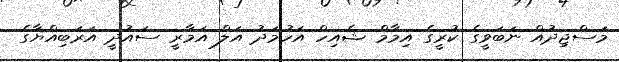
މަސްޖިދުއް ނަބަވީގެ ކުރީގެ އިމާމް ޝެއިހް އަހުމަދު އަލް އަމާރީ ސައުދީ އަރަބިއްޔާގެ